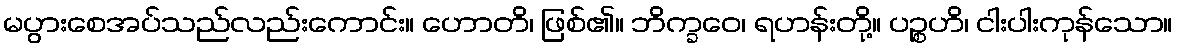
မပွားစေအပ်သည်လည်းကောင်း။ ဟောတိ၊ ဖြစ်၏။ ဘိက္ခဝေ၊ ရဟန်းတို့။ ပဉ္စဟိ၊ ငါးပါးကုန်သော။